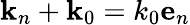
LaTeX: \mathbf{k}_{n}+\mathbf{k}_{0}=k_{0}\mathbf{e}_{n}